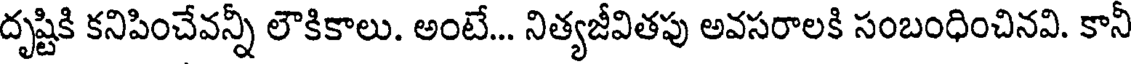
దృష్టికి కనిపించేవన్నీ లౌకికాలు. అంటే... నిత్యజీవితపు అవసరాలకి సంబంధించినవి. కానీ